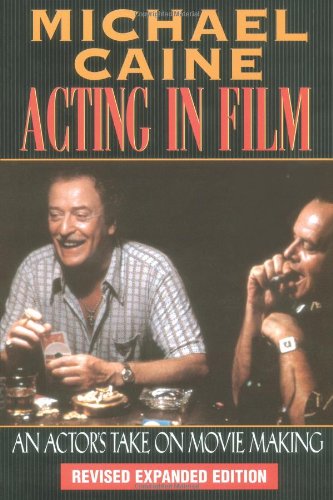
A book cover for Michael Caine - Acting in Film: An Actor's Take on Movie Making (The Applause Acting Series) Revised Expanded Edition; Michael Caine; Humor & Entertainment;